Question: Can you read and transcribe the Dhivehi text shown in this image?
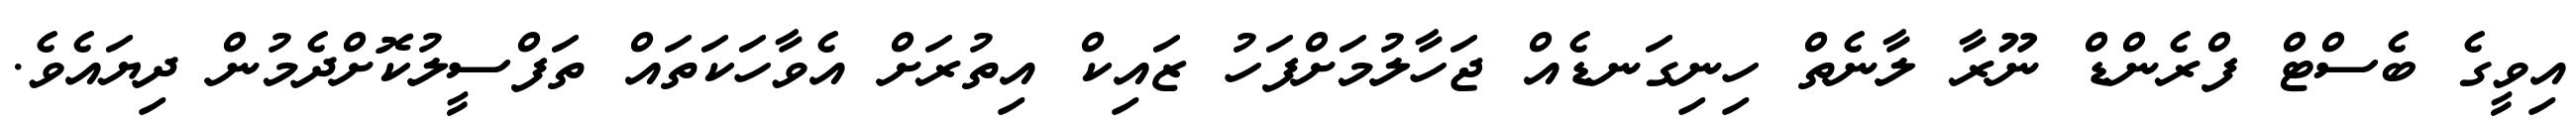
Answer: އިވީގެ ބެސްޓް ފްރެންޑް ނޫރާ ލާނެތް ހިނިގަނޑެއް ޖަހާލުމަށްފަހު ޒައިކް އިތުރަށް އެވާހަކަތައް ތަފްސީލުކޮށްދެމުން ދިޔައެވެ.